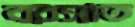
বরসাত